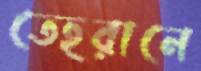
তেহরানে